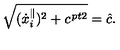
\sqrt { ( { \dot { x } } _ { i } ^ { \parallel } ) ^ { 2 } + c ^ { \kern 1 p t 2 } } = \hat { c } .